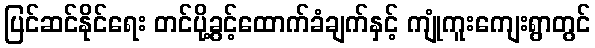
ပြင်ဆင်နိုင်ရေး တင်ပို့ခွင့်ထောက်ခံချက်နှင့် ကျုံကူးကျေးရွာတွင်